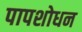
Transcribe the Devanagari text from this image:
पापशोधन